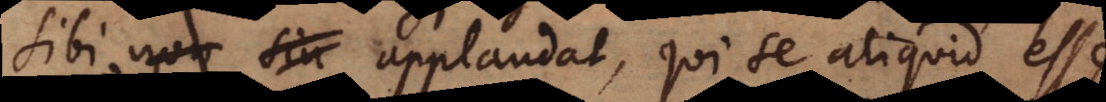
sibi applaudat, qui se aliquid esse